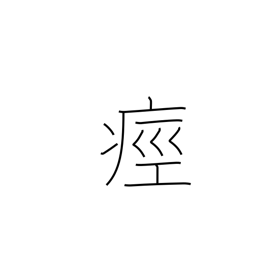
Meaning: have a cramp